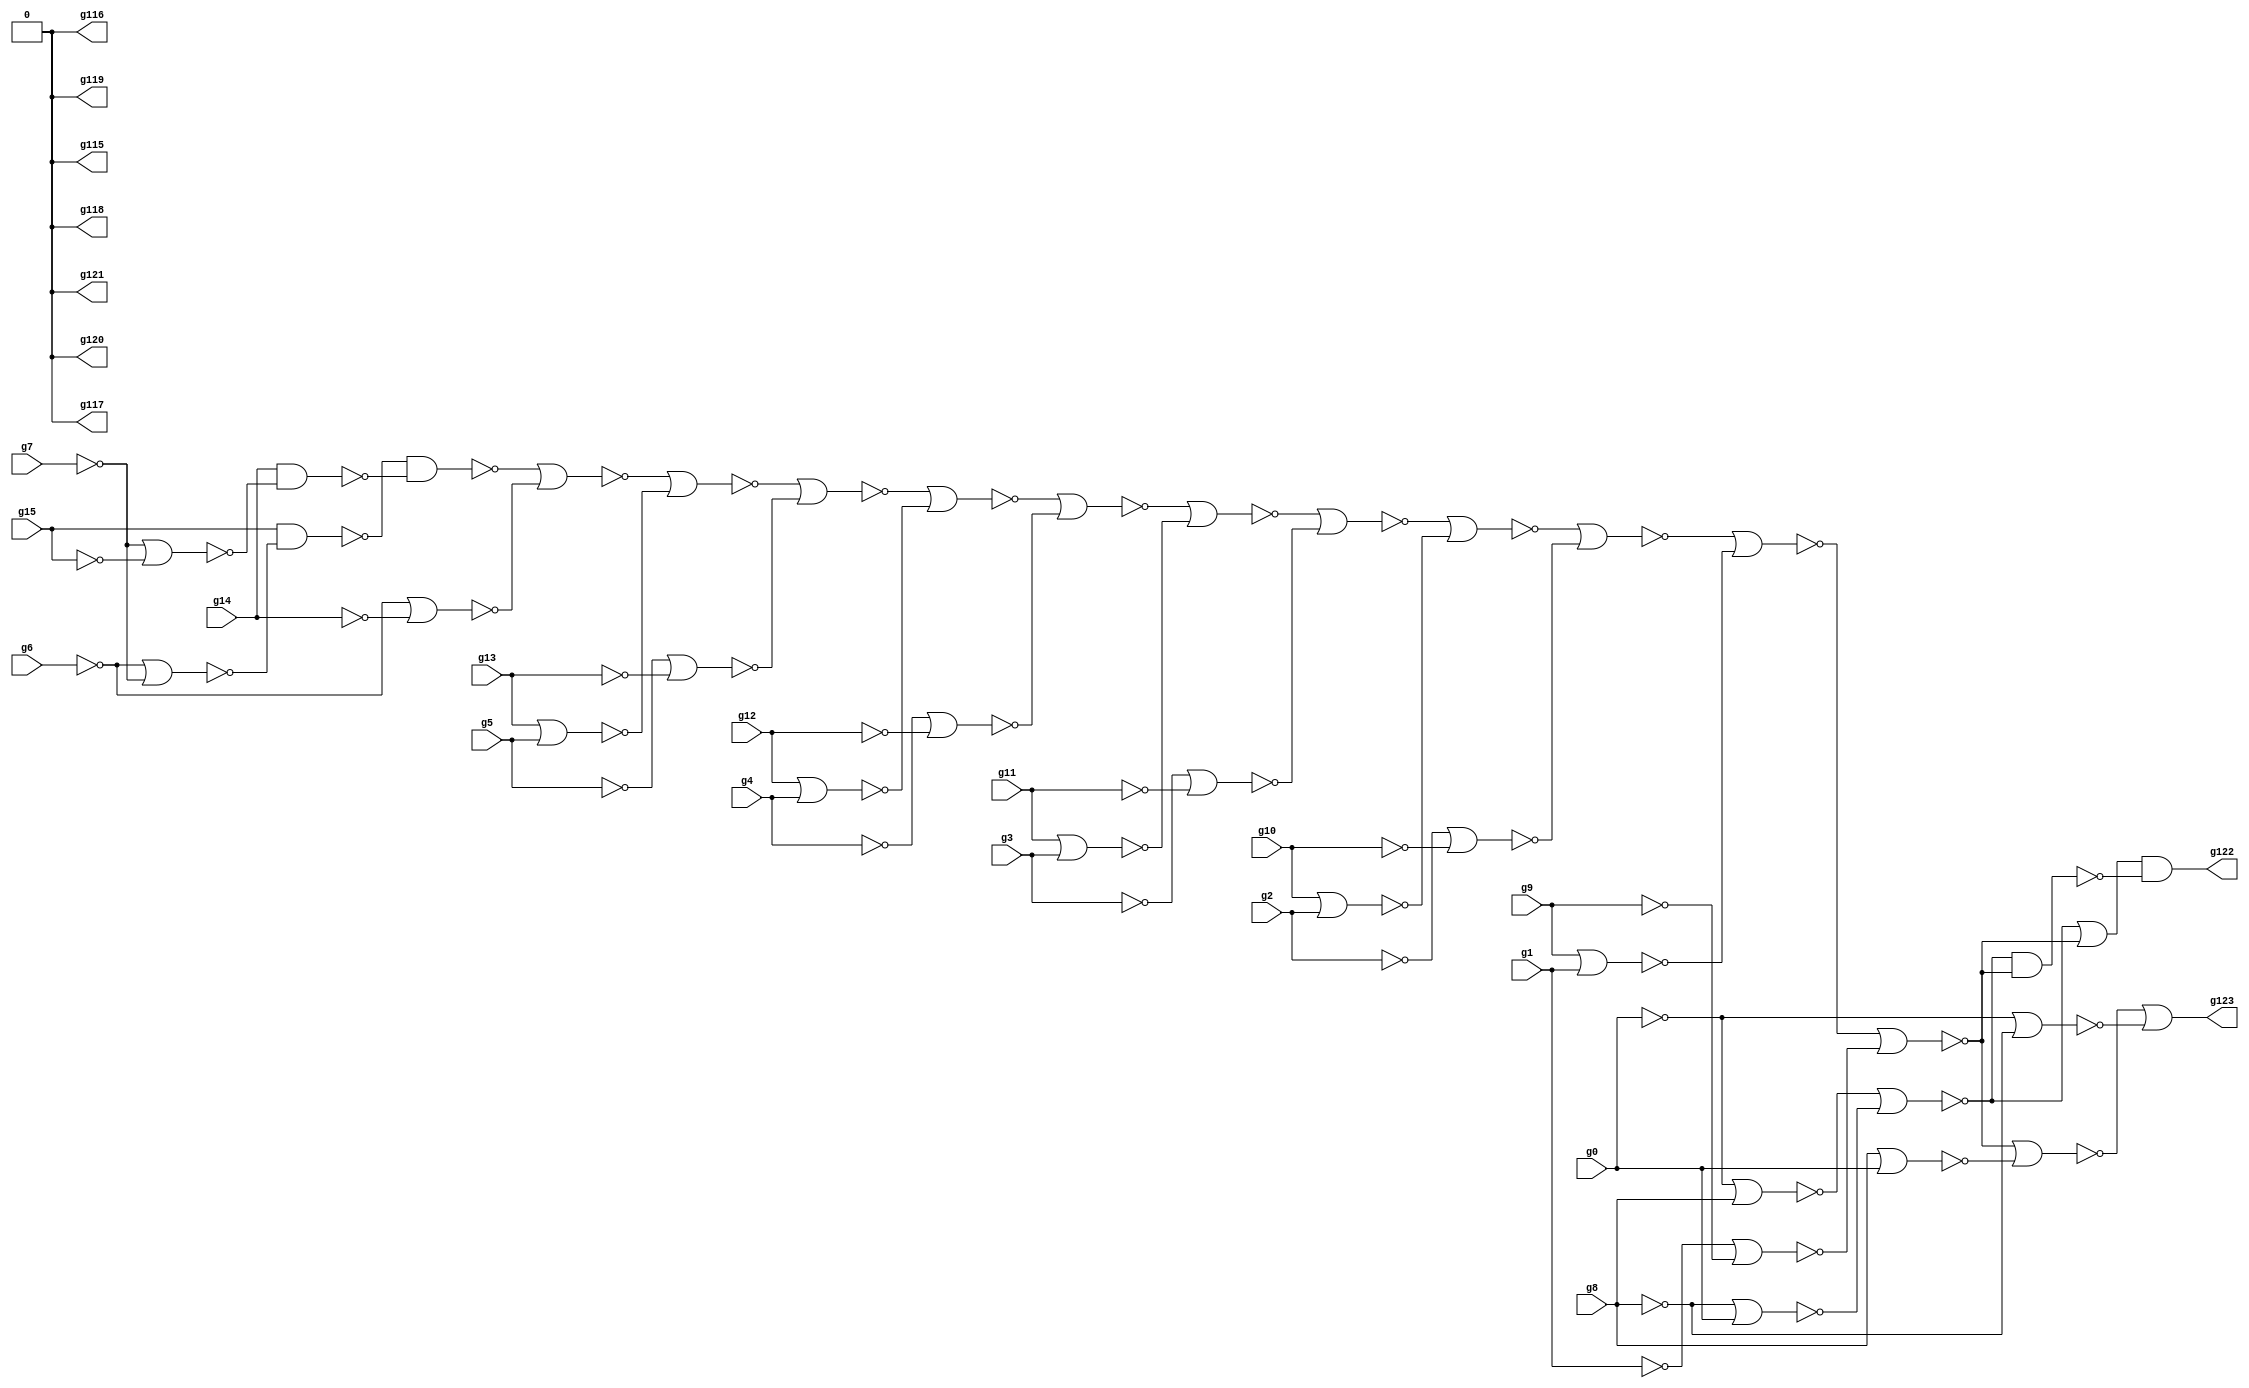
// Benchmark "circuit" written by ABC on Wed Mar 16 10:20:12 2022

module circuit ( 
    g0, g1, g2, g3, g4, g5, g6, g7, g8, g9, g10, g11, g12, g13, g14, g15,
    g123, g122, g121, g120, g119, g118, g117, g116, g115  );
  input  g0, g1, g2, g3, g4, g5, g6, g7, g8, g9, g10, g11, g12, g13, g14,
    g15;
  output g123, g122, g121, g120, g119, g118, g117, g116, g115;
  wire g16, g20, g25, g29, g31, g34, g35, g36, g37, g38, g39, g43, g45, g48,
    g49, g50, g51, g55, g57, g60, g61, g62, g63, g67, g69, g72, g73, g74,
    g75, g79, g81, g84, g85, g86, g87, g91, g92, g93, g94, g95, g96, g97,
    g98, g99, g100, g101, g102, g103, g104, g105, g113, g114, \0 ;
  assign g16 = ~g15;
  assign g20 = ~g14;
  assign g25 = ~g7 | ~g15;
  assign g29 = ~g13;
  assign g31 = ~g5;
  assign g34 = ~g6 | ~g7;
  assign g35 = ~g16 & ~g34;
  assign g36 = ~g20 & ~g25;
  assign g37 = ~g35 & ~g36;
  assign g38 = ~g6 | ~g14;
  assign g39 = ~g37 | ~g38;
  assign g43 = ~g12;
  assign g45 = ~g4;
  assign g48 = ~g29 | ~g31;
  assign g49 = ~g39 | ~g48;
  assign g50 = ~g5 | ~g13;
  assign g51 = ~g49 | ~g50;
  assign g55 = ~g11;
  assign g57 = ~g3;
  assign g60 = ~g43 | ~g45;
  assign g61 = ~g51 | ~g60;
  assign g62 = ~g4 | ~g12;
  assign g63 = ~g61 | ~g62;
  assign g67 = ~g10;
  assign g69 = ~g2;
  assign g72 = ~g55 | ~g57;
  assign g73 = ~g63 | ~g72;
  assign g74 = ~g3 | ~g11;
  assign g75 = ~g73 | ~g74;
  assign g79 = ~g9;
  assign g81 = ~g1;
  assign g84 = ~g67 | ~g69;
  assign g85 = ~g75 | ~g84;
  assign g86 = ~g2 | ~g10;
  assign g87 = ~g85 | ~g86;
  assign g91 = ~g8;
  assign g92 = ~g0 | ~g91;
  assign g93 = ~g0;
  assign g94 = ~g8 | ~g93;
  assign g95 = ~g92 | ~g94;
  assign g96 = ~g79 | ~g81;
  assign g97 = ~g87 | ~g96;
  assign g98 = ~g1 | ~g9;
  assign g99 = ~g97 | ~g98;
  assign g100 = ~g95 | ~g99;
  assign g101 = ~g100;
  assign g102 = ~g95 & ~g99;
  assign g103 = ~g91 | ~g93;
  assign g104 = ~g99 | ~g103;
  assign g105 = ~g0 | ~g8;
  assign g113 = ~g101 & ~g102;
  assign g114 = ~g104 | ~g105;
  assign g115 = \0 ;
  assign g116 = \0 ;
  assign g117 = \0 ;
  assign g118 = \0 ;
  assign g119 = \0 ;
  assign g120 = \0 ;
  assign g121 = \0 ;
  assign g122 = g113;
  assign g123 = g114;
  assign \0  = 1'b0;
endmodule